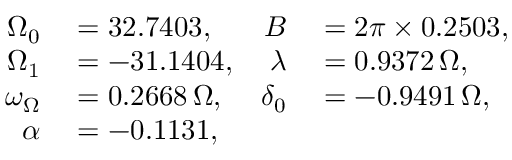
\begin{array} { r l r l } { \Omega _ { 0 } } & { { } = 3 2 . 7 4 0 3 , } & { B } & { { } = 2 \pi \times 0 . 2 5 0 3 , } \\ { \Omega _ { 1 } } & { { } = - 3 1 . 1 4 0 4 , } & { \lambda } & { { } = 0 . 9 3 7 2 \, \Omega , } \\ { \omega _ { \Omega } } & { { } = 0 . 2 6 6 8 \, \Omega , } & { \delta _ { 0 } } & { { } = - 0 . 9 4 9 1 \, \Omega , } \\ { \alpha } & { { } = - 0 . 1 1 3 1 , } \end{array}